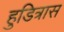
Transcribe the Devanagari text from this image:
हुडित्रास